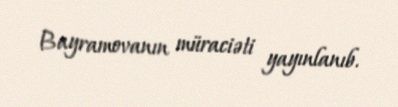
Bayramovanın müraciəti yayınlanıb.